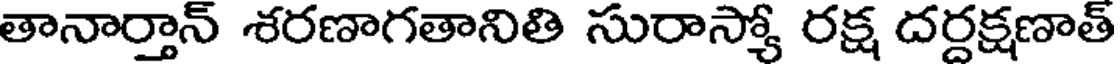
తానార్తాన్ శరణాగతానితి సురాస్యో రక్ష దర్దక్షణాత్